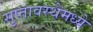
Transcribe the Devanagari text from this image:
सुप्तावस्थेमध्ये